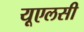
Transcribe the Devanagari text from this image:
यूएलसी